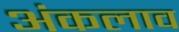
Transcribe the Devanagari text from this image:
अंकलाव